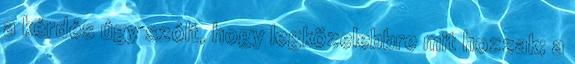
a kérdés úgy szólt, hogy legközelebbre mit hozzak; a